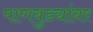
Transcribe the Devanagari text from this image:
पाणबुड्यांवर